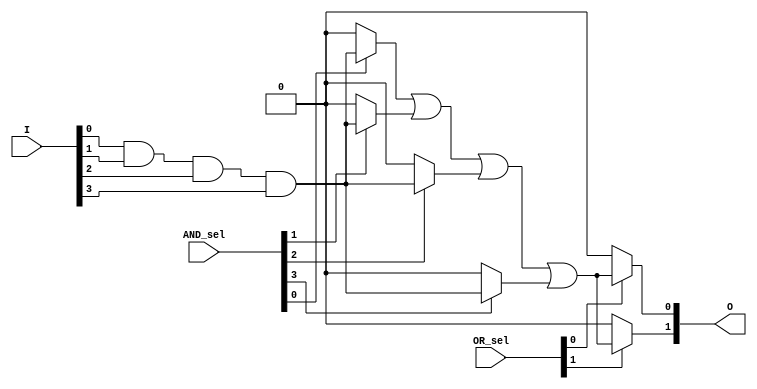
module PLA #(
    parameter n = 4, // Number of inputs
    parameter p = 4, // Number of AND gates (product terms)
    parameter m = 2  // Number of outputs
)(
    input wire [n-1:0] I,        // Input lines
    input wire [p-1:0] AND_sel,  // Selection lines for AND gates
    input wire [m-1:0] OR_sel,    // Selection lines for OR gates
    output wire [m-1:0] O         // Output lines
);

// Intermediate wires for AND gate outputs
wire [p-1:0] AND_out;

// Generate AND gate outputs
genvar i, j;
generate
    for (i = 0; i < p; i = i + 1) begin : and_gate
        assign AND_out[i] = (AND_sel[i] == 1'b1) ? 
                             (I[0] & I[1] & I[2] & I[3]) : 1'b0; // Example: all inputs for AND gate i
    end
endgenerate

// Generate OR gate outputs
generate
    for (j = 0; j < m; j = j + 1) begin : or_gate
        assign O[j] = (OR_sel[j] == 1'b1) ? 
                       (AND_out[0] | AND_out[1] | AND_out[2] | AND_out[3]) : 1'b0; // Example: OR of selected AND gates
    end
endgenerate

endmodule